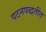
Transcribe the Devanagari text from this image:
पठनपद्धतींत